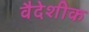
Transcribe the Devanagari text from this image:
वैदेशीक